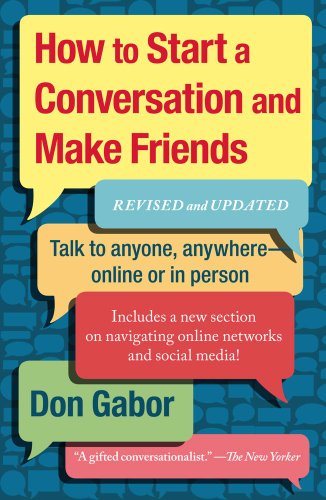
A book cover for How To Start A Conversation And Make Friends: Revised And Updated; Don Gabor; Self-Help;